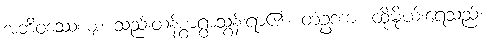
အဘိဝဿေယျ၊ သည်းထန်စွာရွာသွန်းရာ၏။ တံဥဒကံ၊ ထိုမိုဃ်းရေသည်။